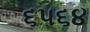
૬૫૬૪